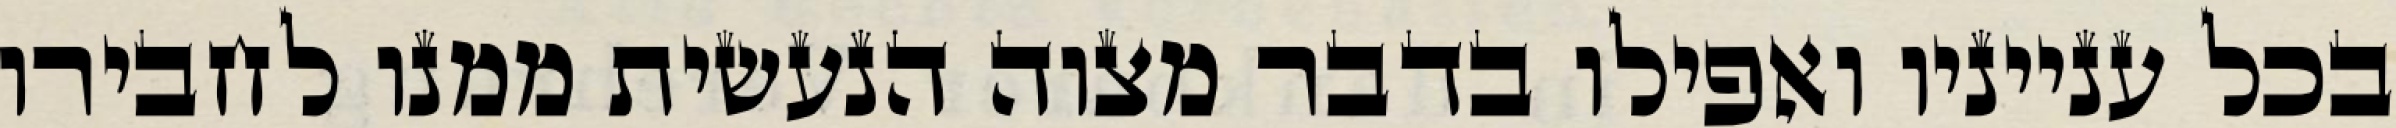
בכל ענייניו ואפילו בדבר מצוה הנעשית ממנו לחבירו